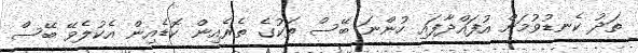
ތަދު ކެނޑުވުމަށް އުފައްދާފައި ހުންނަ ބޭސް ތަކުގެ ތެރެއިން ކޮޑެއިން އެކުލެވޭ ބޭސް